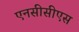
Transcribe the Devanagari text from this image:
एनसीसीएस